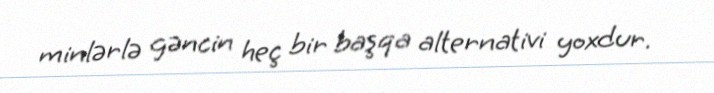
minlərlə gəncin heç bir başqa alternativi yoxdur.